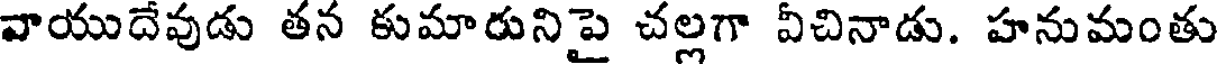
వాయుదేవుడు తన కుమారునిపై చల్లగా వీచినాడు. హనుమంతు